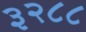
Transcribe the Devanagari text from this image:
३२८८